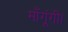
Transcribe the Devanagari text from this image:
माँगूंगी।